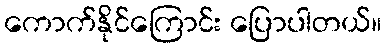
ကောက်နိုင်ကြောင်း ပြောပါတယ်။